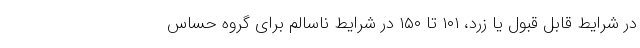
در شرایط قابل قبول یا زرد، ۱۰۱ تا ۱۵۰ در شرایط ناسالم برای گروه حساس